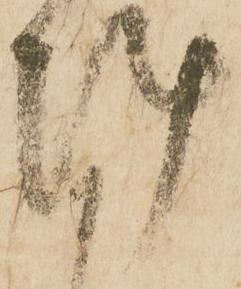
陣